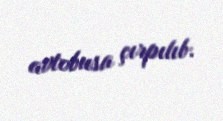
avtobusa çırpılıb.